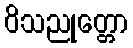
ဝိသညုတ္တော